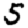
Digit: 5